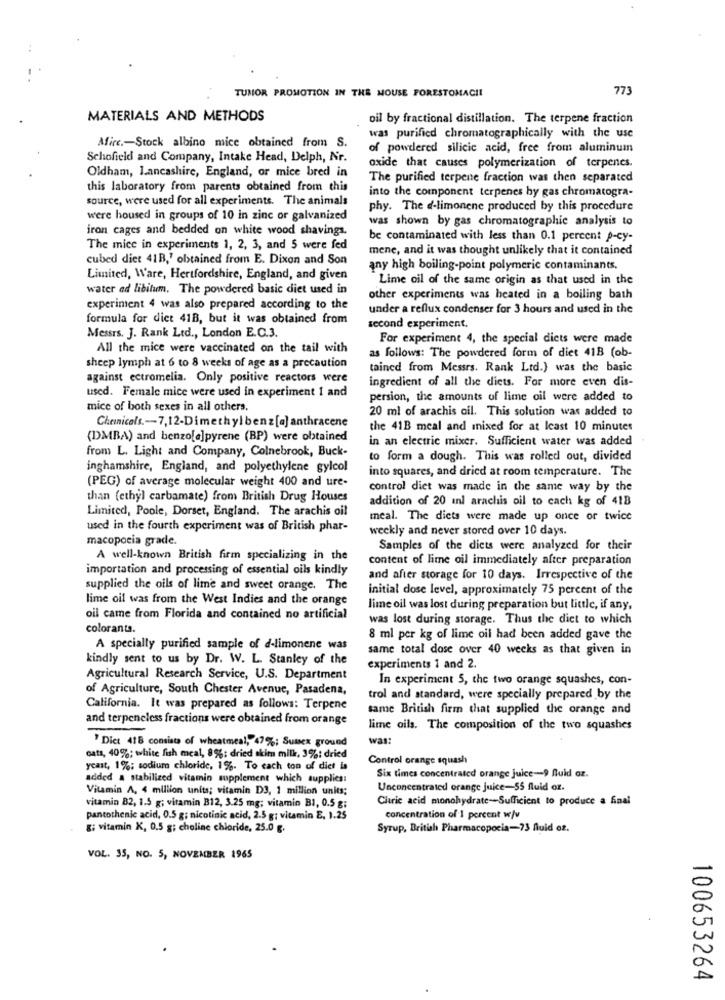
TUMOR PROMOTION IN THE MOUSE FORESTOMACIL
773
MATERIALS AND METHODS
oil by fractional distillation. The terpene fraction
Afire .- Stock albino mice obtained from S.
was purified chromatographically with the use
of powdered silicic acid, free from aluminum
Schofield and Company, Intake Head, Delph, Nr.
Oldham, Lancashire, England, or mice bred in
oxide that causes polymerization of terpenes.
The purified terpene fraction was then separated
this laboratory from parents obtained from this
into the component terpenes by gas chromatogra-
source, were used for all experiments. The animals
phy. The d-limonene produced by this procedure
were housed in groups of 10 in zinc or galvanized
was shown by gas chromatographic analysis to
iron cages and bedded on white wood shavings.
be contaminated with less than 0.1 percent p-cy-
The mice in experiments 1, 2, 3, and 5 were fed
mene, and it was thought unlikely that it contained
cubed diet 41B," obtained from E. Dixon and Son
any high boiling-point polymeric contaminants.
Limited, Ware, Hertfordshire, England, and given
Lime oil of the same origin as that used in the
water ad libitum. The powdered basic diet used in
other experiments was heated in a boiling bath
experiment 4 was also prepared according to the
under a reflux condenser for 3 hours and used in the
formula for dict 41B, but it was obtained from
second experiment.
Messrs. J. Rank Ltd ., London E.C.3.
For experiment 4, the special diets were made
All the mice were vaccinated on the tail with
as follows: The powdered form of diet 41B (ob-
sheep lymph at 6 to 8 weeks of age as a precaution
tained from Messrs. Rank Ltd.) was the basic
against ectromelia. Only positive reactors were
ingredient of all the diets. For more even dis-
used. Female mice were used in experiment 1 and
persion, the amounts of lime oil were added to
mice of both sexes in all others.
20 ml of arachis oil. This solution was added to
Chenicals .- 7,12-Dimethyl benz [a] anthracene
the 41B meal and inixed for at least 10 minutes
(DMBA) and benzo[a]pyrene (BP) were obtained
in an electric mixer. Sufficient water was added
from L. Light and Company, Colnebrook, Buck-
to form a dough. This was rolled out, divided
inghamshire, England, and polyethylene gylcol
into squares, and dried at room temperature. The
(PEG) of average molecular weight 400 and ure-
control diet was made in the same way by the
than (ethyl carbamate) from British Drug Houses
addition of 20 inl arachis oil to cach kg of 418
Limited, Poole, Dorset, England. The arachis oil
meal. The diets were made up once or twice
used in the fourth experiment was of British phar-
weekly and never stored over 10 days.
macopoeia grade.
Samples of the diets were analyzed for their
A well-known British firm specializing in the
content of lime oil immediately after preparation
importation and processing of essential oils kindly
and after storage for 10 days. Irrespective of the
supplied the oils of lime and sweet orange. The
initial dose level, approximately 75 percent of the
lime oil was from the West Indies and the orange
lime oil was lost during preparation but little, if any,
oil came from Florida and contained no artificial
was lost during storage. Thus the diet to which
colorants.
8 ml per kg of lime oil had been added gave the
A specially purified sample of d-limonene was
same total dose over 40 weeks as that given in
kindly sent to us by Dr. W. L. Stanley of the
experiments 1 and 2.
Agricultural Research Service, U.S. Department
In experiment 5, the two orange squashes, con-
of Agriculture, South Chester Avenue, Pasadena,
trol and standard, were specially prepared by the
California. It was prepared as follows: Terpene
same British firm that supplied the orange and
and terpeneless fractions were obtained from orange
lime oils. The composition of the two squashes
" Dict 418 consists of wheatmeal, 47%; Sunex ground
was
cats, 40%; white fish meal, 8%; dried skim milk, 3%: dried
Control orange squash
yeast, 1%; sodium chloride, 1%. To each ton of diet is
added a stabilized vitamin supplement which supplies:
Six times concentrated orange juice-9 fluid oz.
Vitamin A. 4 million units; vitamin D3, 1 million units;
Unconcentrated orange juice-55 fluid oz.
Cluric acid monohydrate -- Sufficient to produce a final
vitamin B2, 1.5 g; vitamin B12, 3.25 mg; vitamin B1, 0.5 g;
pantothenic acid, 0.5 g; nicotinic acid, 2.5 g; vitamin E, 1.25
concentration of 1 percent w/v
g; vitamin K, 0.5 g; choline chioride, 25.0 g.
Syrup, British Pharmacopoeia-73 fluid oz.
VOL. 35, NO. 5, NOVEMBER 1965
100653264